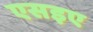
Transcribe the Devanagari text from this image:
एसइए